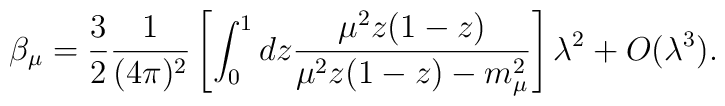
\beta _{\mu }=\frac{3}{2}\frac{1}{(4\pi )^{2}}\left[ \int_{0}^{1}dz\frac{\mu^{2}z(1-z)}{\mu ^{2}z(1-z)-m_{\mu }^{2}}\right] \lambda ^{2}+O(\lambda ^{3}).